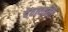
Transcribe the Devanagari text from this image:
देवायान्ति